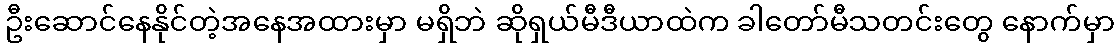
ဦးဆောင်နေနိုင်တဲ့အနေအထားမှာ မရှိဘဲ ဆိုရှယ်မီဒီယာထဲက ခါတော်မီသတင်းတွေ နောက်မှာ